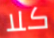
كلا